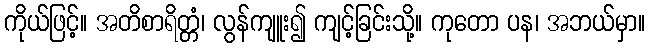
ကိုယ်ဖြင့်။ အတိစာရိတ္တံ၊ လွန်ကျူး၍ ကျင့်ခြင်းသို့။ ကုတော ပန၊ အဘယ်မှာ။